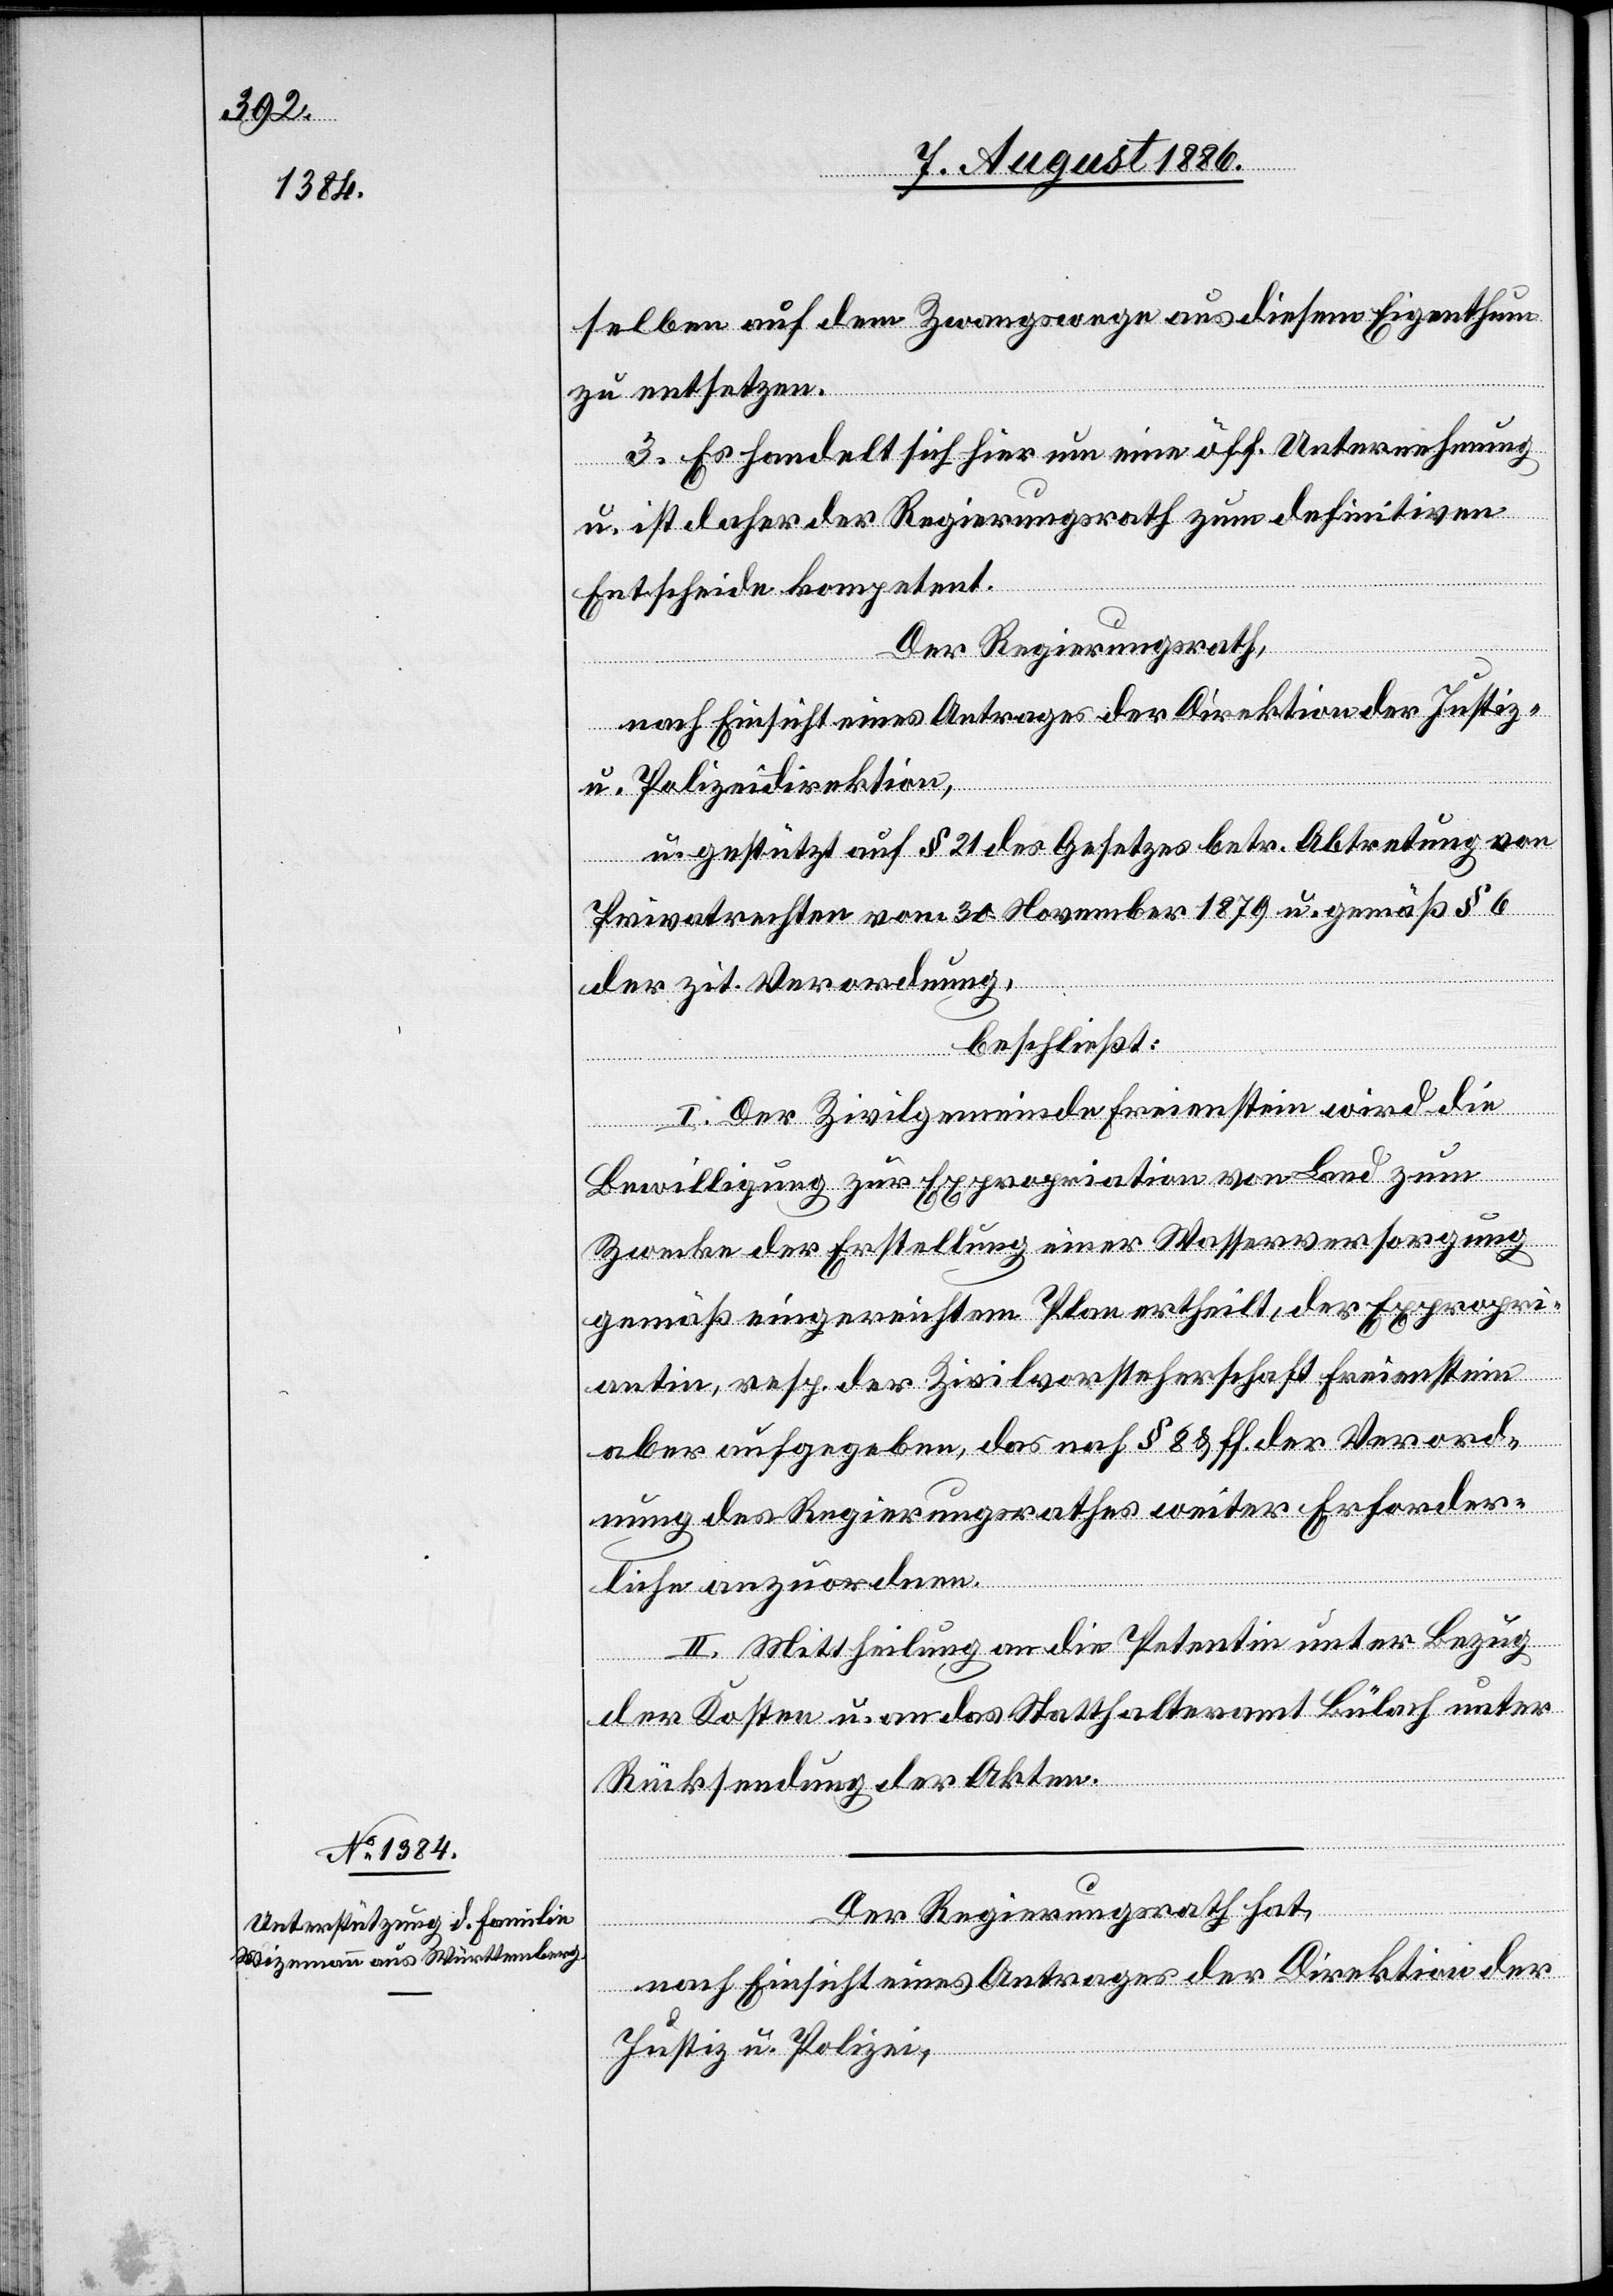
selben auf dem Zwangswege aus diesem Eigenthum
u.
zu entsetzen.
3. Es handelt sich hier um eine öff. Unternehmung
u. ist daher der Regierungsrath zum definitiven
Entscheide kompetent.
Der Regierungsrath,
gestützt auf § 21 des Gesetzes betr. Abtretung von
Privatrechten vom 30. November 1879 u. gemäß § 6
der zit. Verordnung,
beschließt:
I. Der Zivilgemeinde Freienstein wird die
Bewilligung zur Expropriation von Land zum
Zwecke der Erstellung einer Wasserversorgung
gemäß eingereichtem Plan ertheilt, der Expropri¬
antin, resp. der Zivilvorsteherschaft Freienstein
aber aufgeben, das nach § 8 & ff. der Verord¬
nung des Regierungsrathes weiter Erforder¬
liche anzuordnen.
II. Mittheilung an die Petentin unter Bezug
der Kosten u. an das Statthalteramt Bülach unter
Rücksendung der Akten.
Der Regierungsrath hat,
nach Einsicht eines Antrages der Direktion der
Justiz u. Polizei,